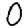
Digit: 0